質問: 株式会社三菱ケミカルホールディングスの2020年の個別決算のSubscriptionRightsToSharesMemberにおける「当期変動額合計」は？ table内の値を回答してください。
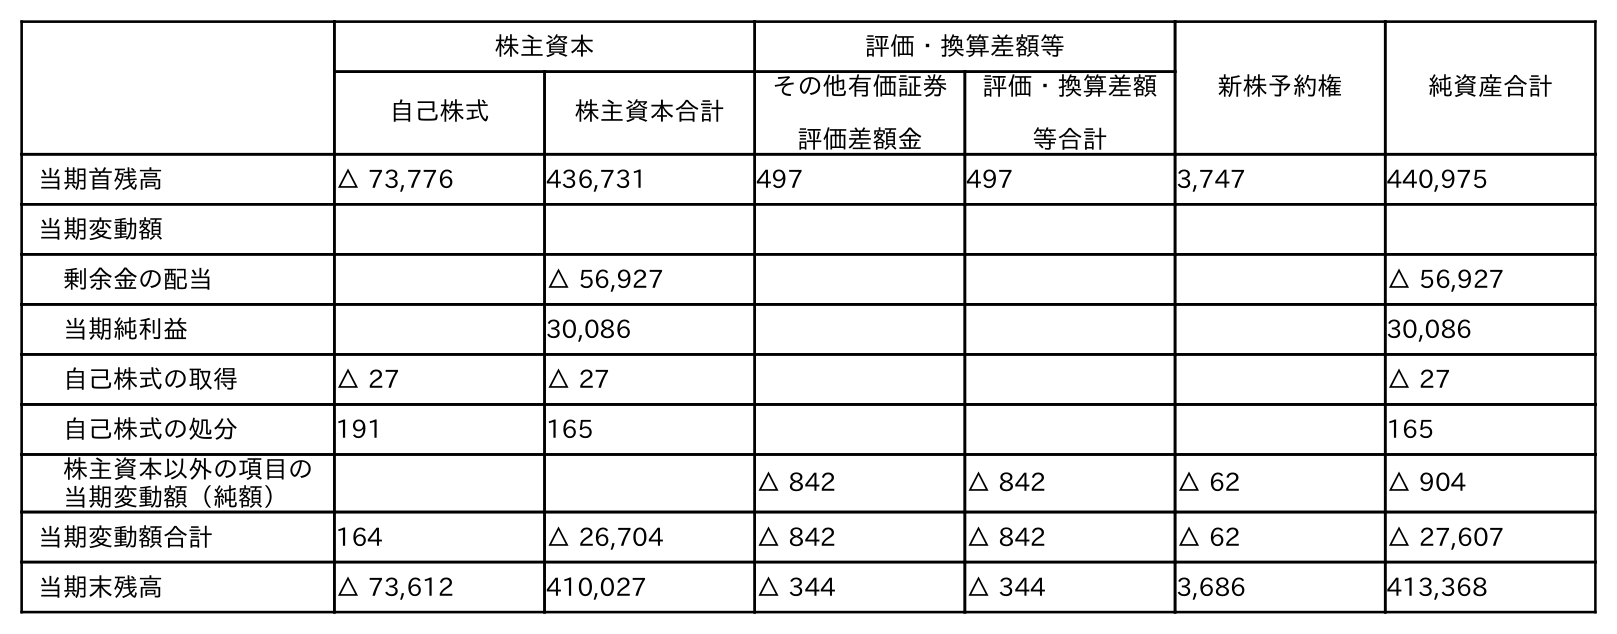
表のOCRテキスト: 株主資本 評価・換算差額等 新株予約権 純資産合計 自己株式 株主資本合計 その他有価証券 評価差額金 評価・換算差額 等合計 当期首残高 △ 73,776 436,731 497 497 3,747 440,975 当期変動額 剰余金の配当 △ 56,927 △ 56,927 当期純利益 30,086 30,086 自己株式の取得 △ 27 △ 27 △ 27 自己株式の処分 191 165 165 株主資本以外の項目の 当期変動額（純額） △ 842 △ 842 △ 62 △ 904 当期変動額合計 164 △ 26,704 △ 842 △ 842 △ 62 △ 27,607 当期末残高 △ 73,612 410,027 △ 344 △ 344 3,686 413,368
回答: △62